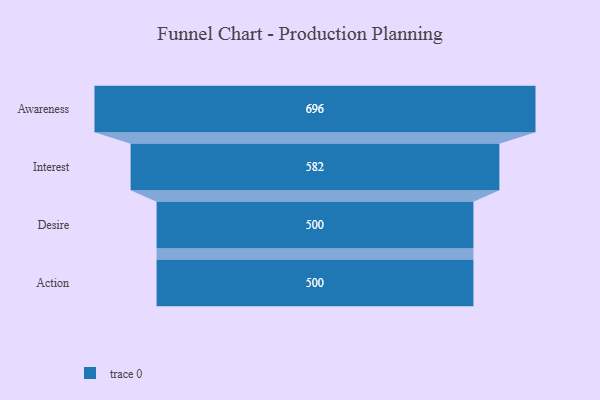
{"axis": {"x": "Stage", "y": "Value"}, "legend": [""], "data": [{"x": "Awareness", "y": 696.0, "type": ""}, {"x": "Interest", "y": 582.0, "type": ""}, {"x": "Desire", "y": 500, "type": ""}, {"x": "Action", "y": 500, "type": ""}]}